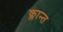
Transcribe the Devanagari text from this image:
क्लान्त